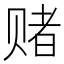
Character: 赌